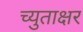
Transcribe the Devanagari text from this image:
च्युताक्षर